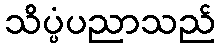
သိပ္ပံပညာသည်